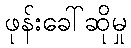
ဖုန်းခေါ်ဆိုမှု